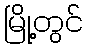
မြို့တွင်